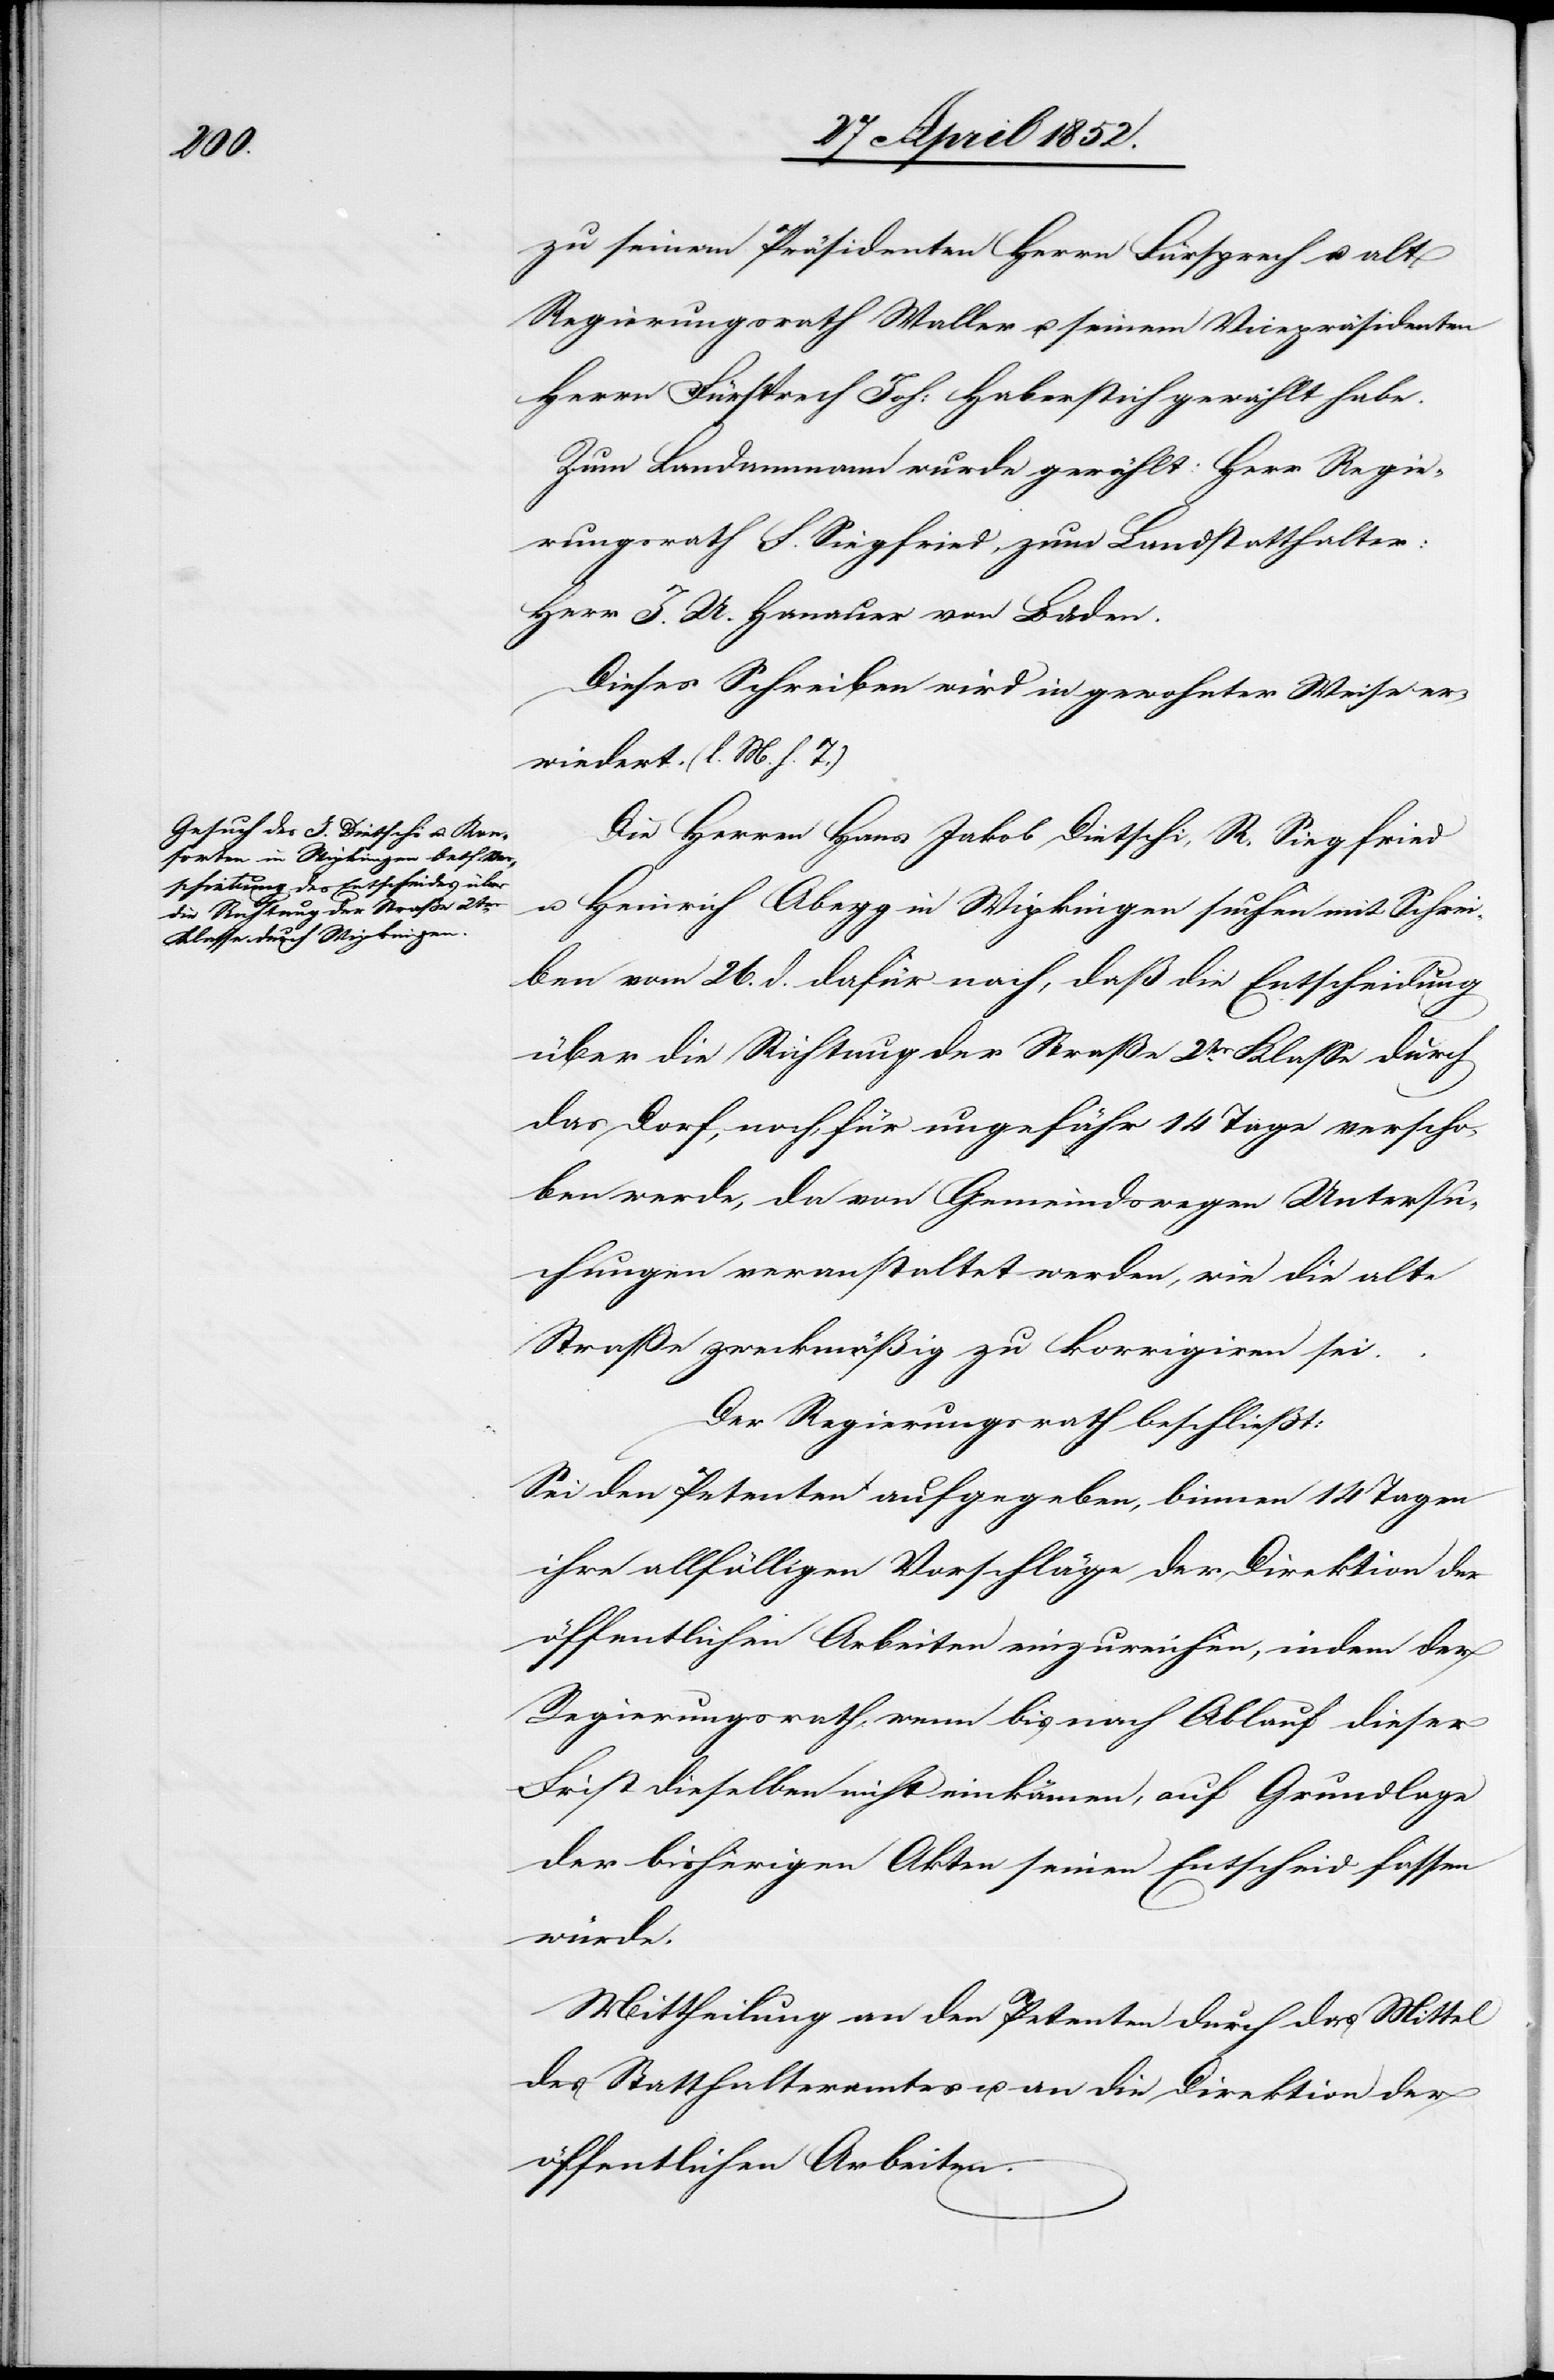
zu seinem Präsidenten Herrn Fürsprech u. alt
Regierungsrath Waller u. seinem Vicepräsidenten
Herrn Fürsprech Joh: Haberstich gewählt habe.
Zum Landammann wurde gewählt: Herr Regie¬
rungsrath F. Siegfried, zum Landstatthalter:
Herr J. U. Hanauer von Baden.
Dieses Schreiben wird in gewohnter Weise er¬
wiedert. (l. M. h. T.)
Die Herren Hans Jakob Dietschi, R. Siegfried
u. Heinrich Abegg in Wipkingen suchen mit Schrei¬
ben vom 26. d. dafür nach, daß die Entscheidung
über die Richtung der Straße 2ter. Klasse durch
das Dorf, noch, für ungefähr 14 Tage verscho¬
ben werde, da von Gemeindswegen Untersu¬
chungen veranstaltet werden, wie die alte
Straße zweckmäßig zu korrigiren sei.
Der Regierungsrath beschliesst:
Sei den Petenten aufgegeben, binnen 14 Tagen
ihre allfälligen Vorschläge der Direktion der
öffentlichen Arbeiten einzureichen, indem der
Regierungsrath, wenn bis nach Ablauf dieser
Frist dieselben nicht einkämen, auf Grundlage
der bisherigen Akten seinen Entscheid fassen
würde.
Mittheilung an den Petenten durch das Mittel
des Statthalteramtes u. an die Direktion der
öffentlichen Arbeiten.